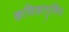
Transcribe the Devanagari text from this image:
कणिकागुल्मिय